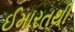
ઈમારતથી